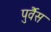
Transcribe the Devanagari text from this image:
पुर्वैस